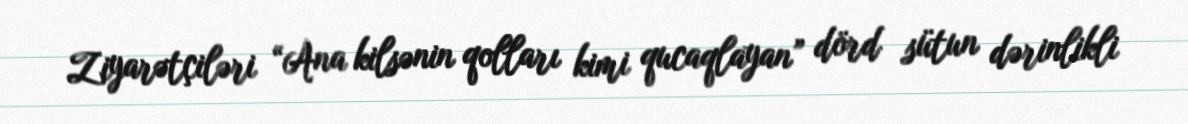
Ziyarətçiləri “Ana kilsənin qolları kimi qucaqlayan” dörd sütun dərinlikli